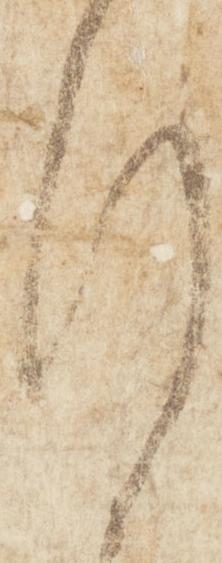
行